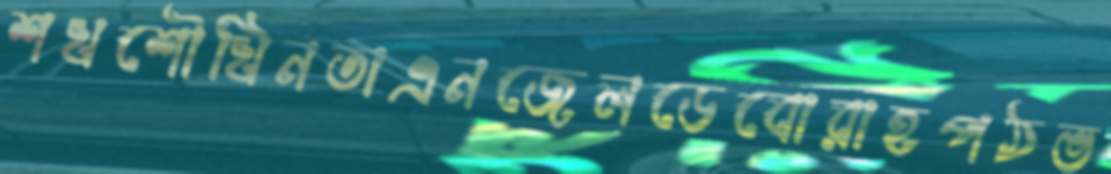
শখশৌখিনতাএনজেলডেবোরাহপঠভ